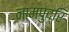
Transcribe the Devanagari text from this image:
नामपुद्रि